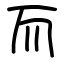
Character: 而